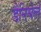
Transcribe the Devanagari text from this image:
डैनियेले